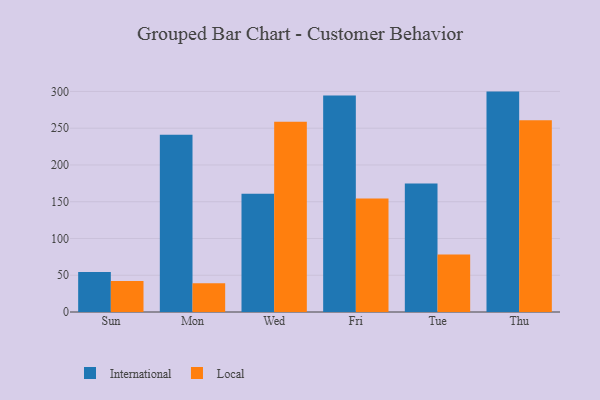
{"axis": {"x": "Day", "y": "Market Share (%)"}, "legend": ["International", "Local"], "data": [{"x": "Sun", "y": 54.3, "type": "International"}, {"x": "Sun", "y": 42.3, "type": "Local"}, {"x": "Mon", "y": 241.0, "type": "International"}, {"x": "Mon", "y": 39.0, "type": "Local"}, {"x": "Wed", "y": 161.0, "type": "International"}, {"x": "Wed", "y": 258.8, "type": "Local"}, {"x": "Fri", "y": 294.5, "type": "International"}, {"x": "Fri", "y": 154.5, "type": "Local"}, {"x": "Tue", "y": 174.7, "type": "International"}, {"x": "Tue", "y": 78.3, "type": "Local"}, {"x": "Thu", "y": 299.8, "type": "International"}, {"x": "Thu", "y": 260.8, "type": "Local"}]}